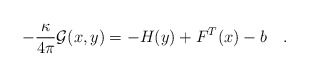
\begin{align*}-{\kappa \over{ 4\pi}} {\cal G}(x,y)= -H(y)+F^T(x)-b\quad.\end{align*}